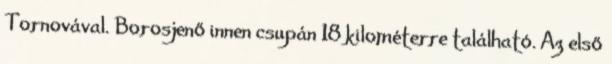
Tornovával. Borosjenő innen csupán 18 kilométerre található. Az első